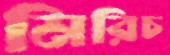
মিরিচ